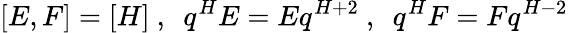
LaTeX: [E,F]=[H]\ ,\ \ q^{H}E=Eq^{H+2}\ ,\ \ q^{H}F=Fq^{H-2}